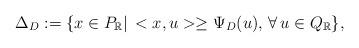
LaTeX: \begin{align*} \Delta_D:=\{x\in P_\mathbb{R}|\, <x,u>\geq \Psi_D(u),\, \forall \, u\in Q_{\mathbb {R}}\}, \end{align*}